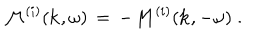
LaTeX: { \cal M } ^ { ( i ) } ( { \bf k } , \omega ) \, = \, - { \cal M } ^ { ( i ) } ( { \bf k } , - \omega ) \; .